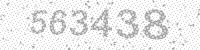
Solution: 563438